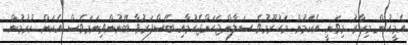
އެމީހުން މިހާރު މިވަނީ އެކަމުން މަހުރޫމުވެ ސަލާންޖަހަންޖެހުމާއި ބޭސްފަރުވާ ބޭނުންވިނަމަވެސް އެކަން ކުރުމުން